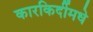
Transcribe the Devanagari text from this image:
कारकिर्दीमधे